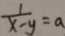
\frac { 1 } { x - y } = a